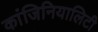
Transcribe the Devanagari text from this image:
कांजिनियालिटी